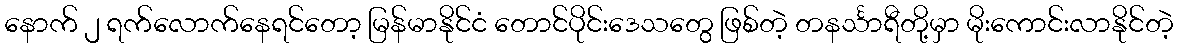
နောက် ၂ ရက်လောက်နေရင်တော့ မြန်မာနိုင်ငံ တောင်ပိုင်းဒေသတွေ ဖြစ်တဲ့ တနင်္သာရီတို့မှာ မိုးကောင်းလာနိုင်တဲ့